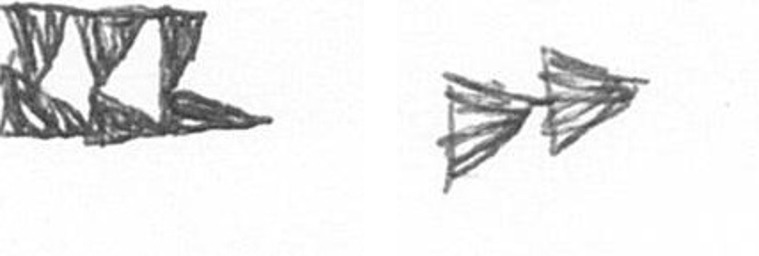
D A